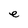
Character: e